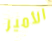
الأمير